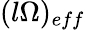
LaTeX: (l\Omega)_{eff}